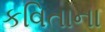
કવિતાના